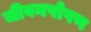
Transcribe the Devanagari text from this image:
जीवनपोषण